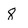
Character: 8